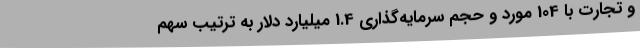
و تجارت با 104 مورد و حجم سرمایه‌گذاری 1.4 میلیارد دلار به ترتیب سهم